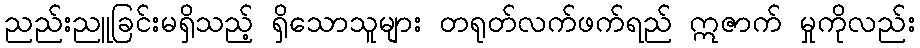
ညည်းညူခြင်းမရှိသည့် ရှိသောသူများ တရုတ်လက်ဖက်ရည် ဣဇာက် မှုကိုလည်း